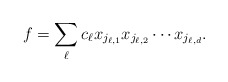
\begin{align*}f = \sum_{\ell} c_\ell x_{j_{\ell,1}} x_{j_{\ell,2}} \cdots x_{j_{\ell,d}}.\end{align*}